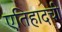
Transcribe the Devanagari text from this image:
एतिहादची